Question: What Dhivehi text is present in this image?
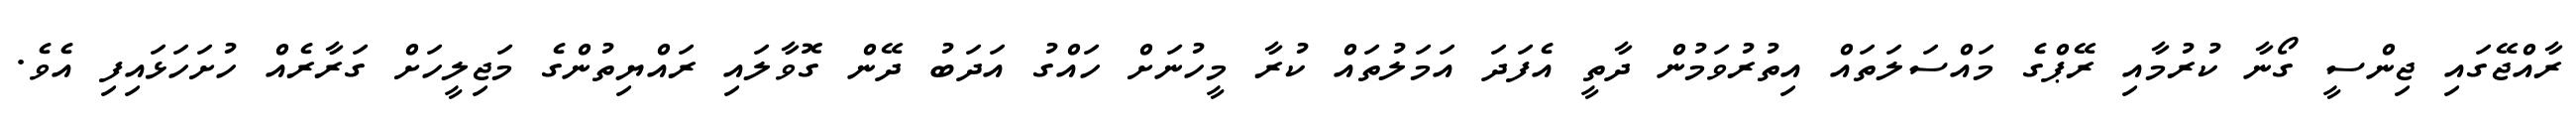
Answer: ރާއްޖޭގައި ޖިންސީ ގޯނާ ކުރުމާއި ރޭޕްގެ މައްސަލަތައް އިތުރުވަމުން ދާތީ އެފަދަ އަމަލުތައް ކުރާ މީހުނަށް ހައްގު އަދަބު ދޭން ގޮވާލައި ރައްޔިތުންގެ މަޖިލީހަށް ގަރާރެއް ހުށަހަޅައިފި އެވެ.